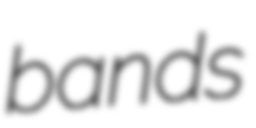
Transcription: bands